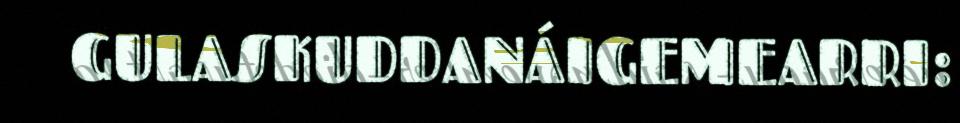
GULASKUDDANÁIGEMEARRI: